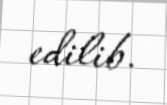
edilib.